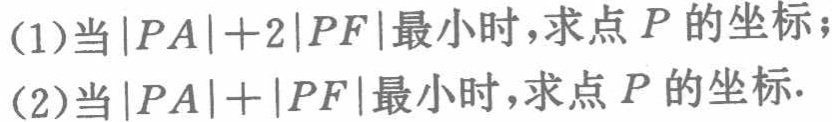
(1)当\(\vert PA\vert + 2\vert PF\vert\)最小时，求点\(P\)的坐标；
(2)当\(\vert PA\vert+\vert PF\vert\)最小时，求点\(P\)的坐标.